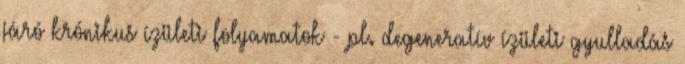
járó krónikus ízületi folyamatok - pl. degeneratív ízületi gyulladás